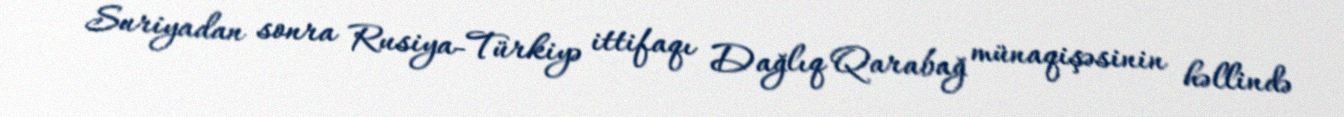
Suriyadan sonra Rusiya-Türkiyə ittifaqı Dağlıq Qarabağ münaqişəsinin həllində